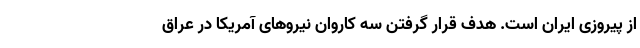
از پیروزی ایران است. هدف قرار گرفتن سه کاروان نیروهای آمریکا در عراق